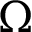
\Omega